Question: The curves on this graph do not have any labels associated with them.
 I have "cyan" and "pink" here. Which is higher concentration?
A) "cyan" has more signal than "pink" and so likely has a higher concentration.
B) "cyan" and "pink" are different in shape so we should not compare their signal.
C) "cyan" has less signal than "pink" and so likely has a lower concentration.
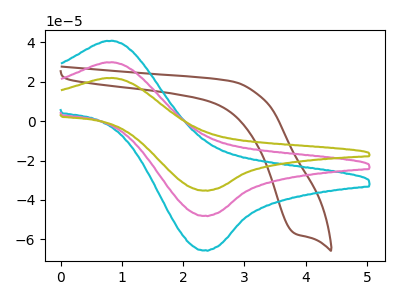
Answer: <think>The brown curve "brown" has a cathodic peak at: (3.85V, -57.15uA). The cyan curve "cyan" has an anodic peak at (0.85V, 40.75uA) and a cathodic peak at (2.35V, -65.55uA). The pink curve "pink" has an anodic peak at (0.85V, 29.85uA) and a cathodic peak at (2.35V, -48.05uA). The olive curve "olive" has an anodic peak at (0.85V, 59.75uA) and a cathodic peak at (2.35V, -96.05uA).
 All the peaks in "cyan" have a peak in "pink" at the same potential. Every peak in "cyan" is higher than every peak in "pink".</think>
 <answer>A) "cyan" has more signal than "pink" and so likely has a higher concentration.</answer>
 <eval>A</eval>